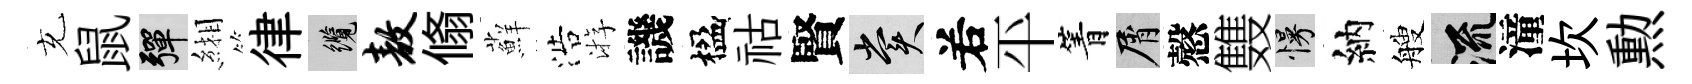
充鼠彈緗律纜敖翛蘚浩㳺譏楹祜賢賞𠰥平箐屑慤䨇慢納艘流潼坎勲